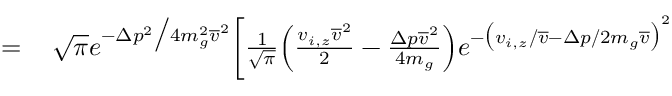
\begin{array} { r l } { = } & { { } \, \sqrt { \pi } e ^ { - \Delta p ^ { 2 } \big / 4 m _ { g } ^ { 2 } \overline { { v } } ^ { 2 } } \bigg [ \frac { 1 } { \sqrt { \pi } } \Big ( \frac { v _ { i , z } \overline { { v } } ^ { 2 } } { 2 } - \frac { \Delta p \overline { { v } } ^ { 2 } } { 4 m _ { g } } \Big ) e ^ { - \big ( v _ { i , z } / \overline { { v } } - \Delta p / 2 m _ { g } \overline { { v } } \big ) ^ { 2 } } } \end{array}